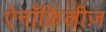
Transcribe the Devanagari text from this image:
ऐनॉफ़िलीज़